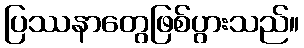
ပြဿနာတွေဖြစ်ပွားသည်။